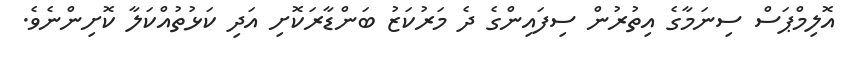
އޮލިމްޕަސް ސިނަމާގެ އިތުރުން ސިފައިންގެ ދެ މަރުކަޒު ބަންޑާރަކޮށި އަދި ކަޅުތުއްކަލާ ކޮށިންނެވެ.